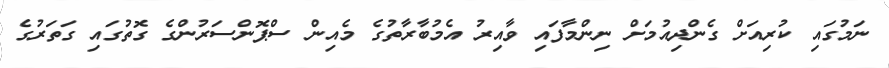
ނަމުގައި ކުރިއަށް ގެންދިއުމަށް ނިންމާފައި ވާއިރު އެމުބާރާތުގެ މެއިން ސްޕޮންސަރުންގެ ގޮތުގައި ގަތަރުގެ